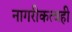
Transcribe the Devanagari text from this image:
नागरीकत्वही